Civil Veterinary Department Bengal reports 1933-51 - 1933-1951
Year: 1933
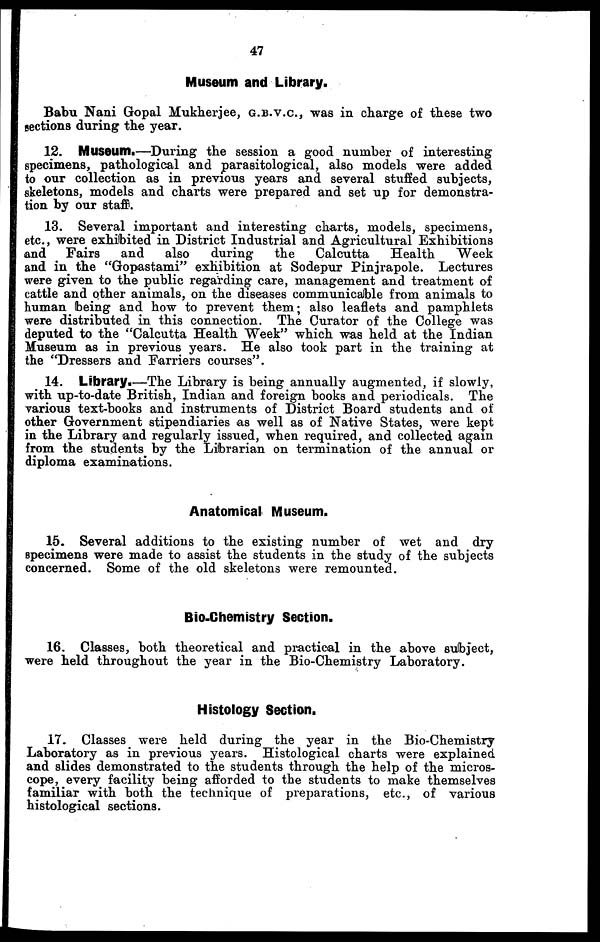
47
Museum and Library.
Babu Nani Gopal Mukherjee, G.B.V.C, was in charge of these two
sections during the year.
12. Museum.—During the session a good number of interesting
specimens, pathological and parasitological, also models were added
to our collection as in previous years and several stuffed subjects,
skeletons, models and charts were prepared and set up for demonstra-
tion by our staff.
13. Several important and interesting charts, models, specimens,
etc., were exhibited in District Industrial and Agricultural Exhibitions
and
Fairs
and
also
during
the
Calcutta
Health
Week
and in the "Gopastami" exhibition at Sodepur Pinjrapole. Lectures
were given to the public regarding care, management and treatment of
cattle and other animals, on the diseases communicable from animals to
human being and how to prevent them; also leaflets and pamphlets
were distributed in this connection. The Curator of the College was
deputed to the "Calcutta Health Week" which was held at the Indian
Museum as in previous years. He also took part in the training at
the "Dressers and Farriers courses".
14. Library.—The Library is being annually augmented, if slowly,
with up-to-date British, Indian and foreign books and periodicals. The
various text-books and instruments of District Board students and of
other Government stipendiaries as well as of Native States, were kept
in the Library and regularly issued, when required, and collected again
from the students^ by the Librarian on termination of the annual or
diploma examinations.
Anatomical Museum.
15. Several additions to the existing number of wet and dry
specimens were made to assist the students in the study of the subjects
concerned. Some of the old skeletons were remounted.
Bio-Chemistry Section.
16. Classes, both theoretical and practical in the above subject,
were held throughout the year in the Bio-Chemistry Laboratory.
Histology Section.
17. Classes were held during the year in the Bio-Chemistry
Laboratory as in previous years. Histological charts were explained
and slides demonstrated to the students through the help of the micros-
cope, every facility being afforded to the students to make themselves
familiar with both the technique of preparations, etc., of various
histological sections.